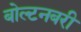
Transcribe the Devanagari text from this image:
बोल्टनबरी